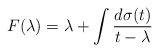
\begin{align*}F(\lambda) =\lambda + \int\frac{d\sigma(t)}{t-\lambda}\end{align*}